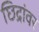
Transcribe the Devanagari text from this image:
छिद्रांवर